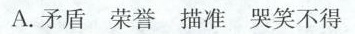
A.矛盾 荣誉 描准 哭笑不得